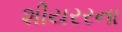
શીયરરના